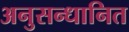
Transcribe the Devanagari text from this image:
अनुसन्‍धानित